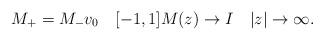
LaTeX: \begin{align*}M_+=M_- v_0 \quad [-1,1] M(z) \to I \quad |z| \to \infty.\end{align*}